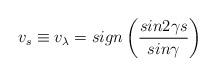
LaTeX: \begin{align*}{v}_s \equiv {v}_{\lambda} = sign \left( \frac{sin 2 \gamma s}{sin \gamma} \right)\end{align*}